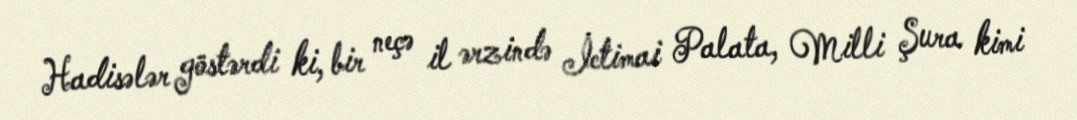
Hadisələr göstərdi ki, bir neçə il ərzində İctimai Palata, Milli Şura kimi